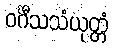
ဝင်္ဂီသသံယုတ္တံ